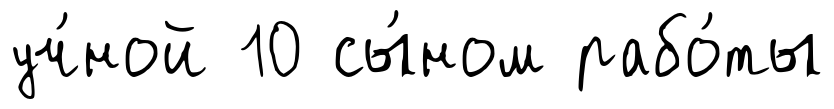
уч́ной 10 сы́ном рабо́ты